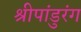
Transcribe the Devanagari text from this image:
श्रीपांडुरंग